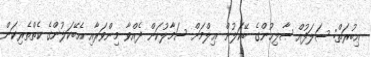
ޢިބުރަތް: ސަލަފުއް ޞާލިޙުންގެ ބޭކަލުން ޢިލްމަށް ސަމާލުކަން ދެއްވާ މިންވަރާއި އެބޭކަލުންގެ ކެތްތެރިކަން